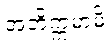
အဘိက္ကမာမိ